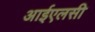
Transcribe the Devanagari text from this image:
आईएलसी